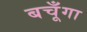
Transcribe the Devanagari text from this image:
बचूँगा